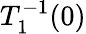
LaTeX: T_{1}^{-1}(0)